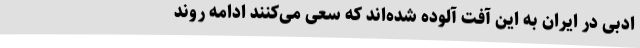
ادبی در ایران به این آفت آلوده شده‌اند که سعی می‌کنند ادامه روند